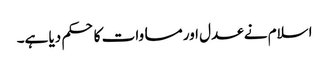
اسلام نے عدل اور مساوات کا حکم دیا ہے۔